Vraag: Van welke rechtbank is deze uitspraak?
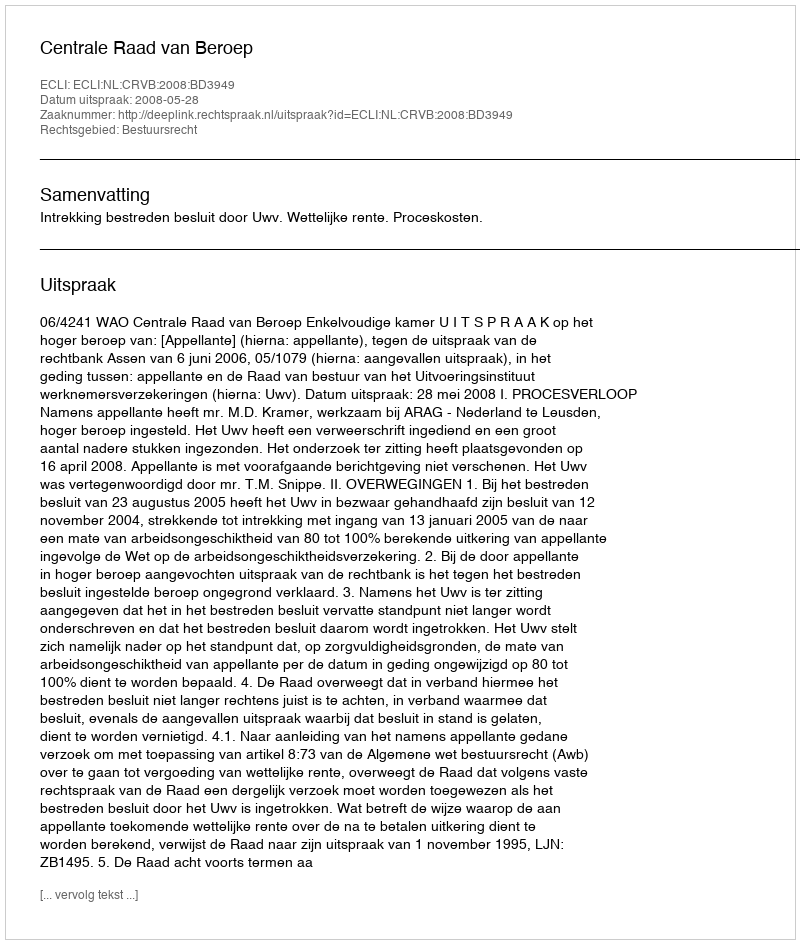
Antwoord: Centrale Raad van Beroep